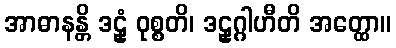
အာဓာနန္တိ ဒဠှံ ဝုစ္စတိ၊ ဒဠှဂ္ဂါဟီတိ အတ္ထော။